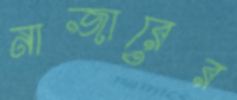
নাজারের